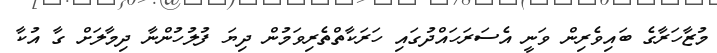
މުޒާހަރާގެ ބައިވެރިން ވަނީ އެސަރަހައްދުގައި ހަރަކާތްތެރިވަމުން ދިޔަ ފުލުހުންނާ ދިމާލަށް ގާ އުކާ